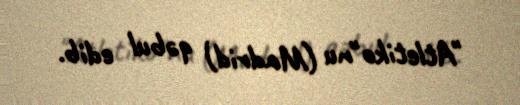
"Atletiko"nu (Madrid) qəbul edib.